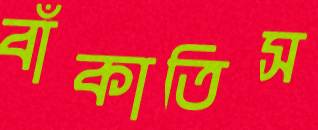
বাঁকাতিস